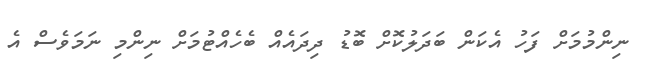
ނިންމުމަށް ފަހު އެކަން ބަދަލުކޮށް ބޮޑު ދިދައެއް ބެހެއްޓުމަށް ނިންމި ނަމަވެސް އެ